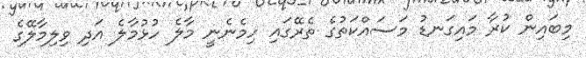
މިބައިން ކުރާ މައިގަނޑު މަސައްކަތުގެ ތެރޭގައި ހިމެނެނީ މާލެ ހުޅުމާލެ އަދި ވިލިމާލޭގެ